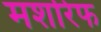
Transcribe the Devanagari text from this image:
मशरिफ